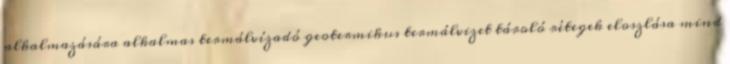
alkalmazására alkalmas termálvízadó geotermikus termálvizet tároló rétegek eloszlása mind